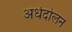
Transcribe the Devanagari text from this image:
अर्धदोलन